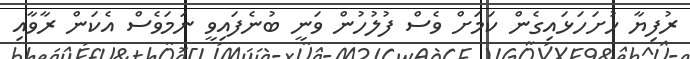
ރުފިޔާ ހުށަހަޅައިގެން ކަމަށް ވެސް ފުލުހުން ވަނީ ބުނެފައިވީ ނަމަވެސް އެކަން ރާވާއި